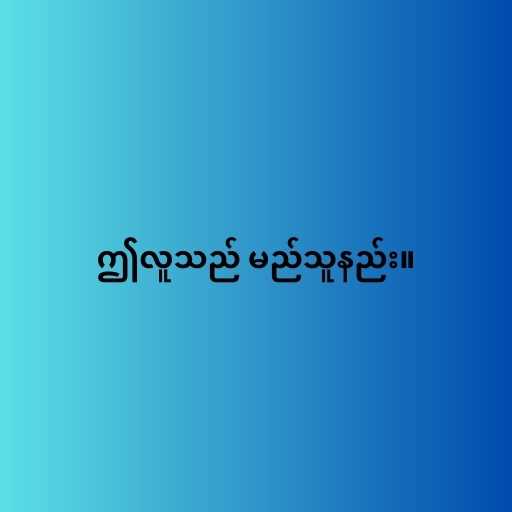
ဤလူသည် မည်သူနည်း။